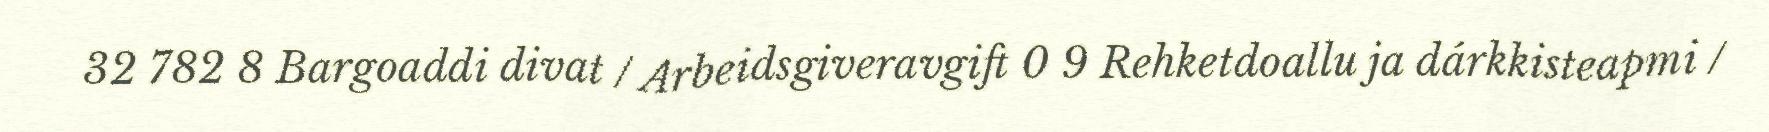
32 782 8 Bargoaddi divat / Arbeidsgiveravgift 0 9 Rehketdoallu ja dárkkisteapmi /